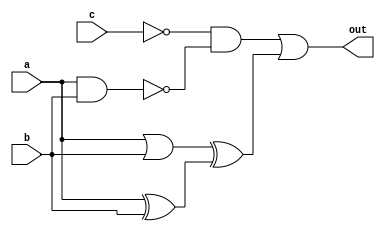
module complex_logic_gate (
    input wire a,
    input wire b,
    input wire c,
    output wire out
);

    wire not_c;
    wire nand_out;
    wire or_out;
    wire xor_out;

    // Inverter gate for NOT operation
    assign not_c = ~c;

    // AND gate
    assign nand_out = ~(a & b);

    // OR gate
    assign or_out = a | b;

    // XOR gate
    assign xor_out = a ^ b;

    // Combining the different gates
    assign out = not_c & nand_out | or_out ^ xor_out;

endmodule